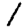
Digit: 1